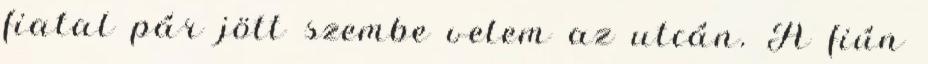
fiatal pár jött szembe velem az utcán. A fiún